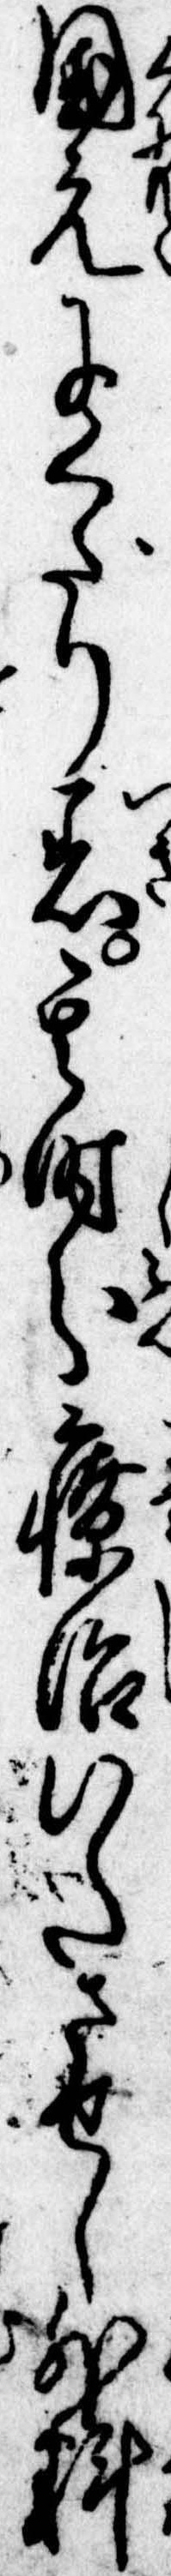
国元にくだり着其時分療治いたさせし外科